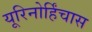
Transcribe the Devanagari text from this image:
यूरिनोर्हिंचास